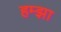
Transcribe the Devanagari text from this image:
हम्झा